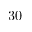
3 0